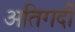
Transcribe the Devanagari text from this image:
अतिगर्दी